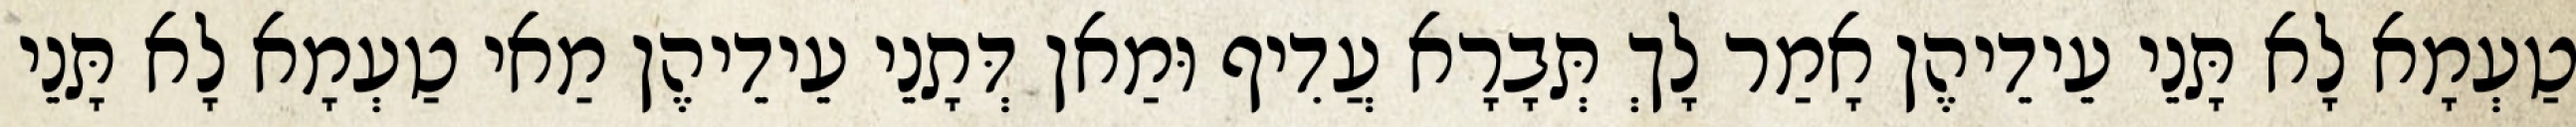
טַעְמָא לָא תָּנֵי עֵידֵיהֶן אָמַר לָךְ תְּבָרָא עֲדִיף וּמַאן דְּתָנֵי עֵידֵיהֶן מַאי טַעְמָא לָא תָּנֵי